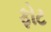
ફોટ